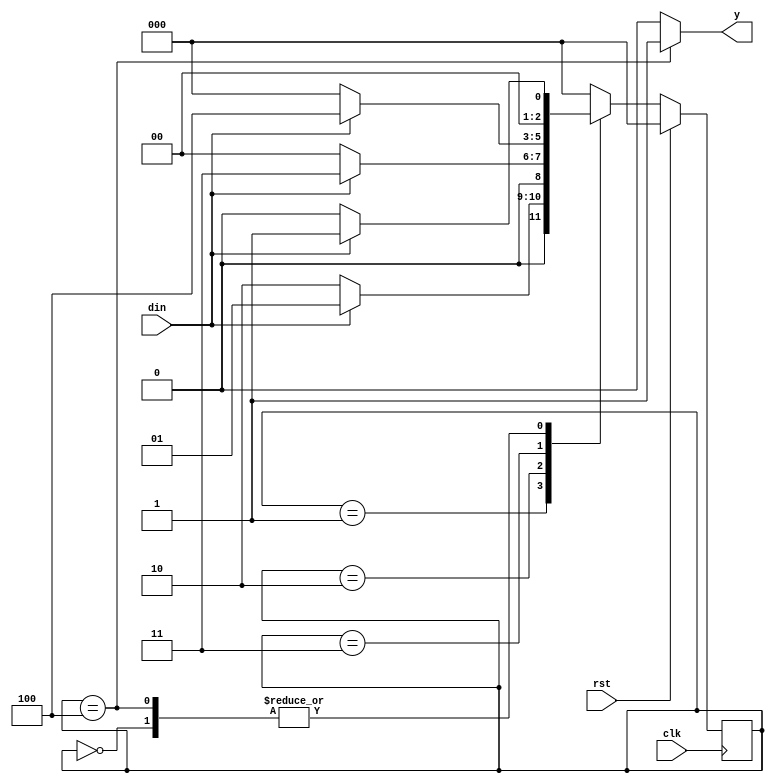
// This program was cloned from: https://github.com/Suni123456789/100DaysRTL
// License: Apache License 2.0

`timescale 1ns / 1ps

module fsm_1011(
    input clk,rst,din,
    output reg y);

parameter	S0=3'b000,
            S1=3'b001,
            S2=3'b010,
            S3=3'b011,
            S4=3'b100;

reg[2:0] cs, nst;

always @(posedge clk)
begin
	if(rst)
		cs<=S0;
	else
		cs<=nst;
end	

always @(cs,din)
begin
	case(cs)
		S0: begin
				if(din==1)
					nst<=S1;
				else
					nst<=S0;
			 end
			 
		S1: begin
				if(din==1)
					nst<=S1;
				else
					nst<=S2;
			 end
			 
		S2: begin
				if(din==1)
					nst<=S3;
				else
					nst<=S0;
			 end
			 
		S3: begin
				if(din==1)
					nst<=S4;
				else
					nst<=S0;
			 end
			 
		S4: begin
				if(din==1)
					nst<=S1;
				else
					nst<=S0;
			 end
		default: nst<=S0;
	endcase
end

always @(cs)
begin
	case(cs)
		S0: y<=0;
		S1: y<=0;
		S2: y<=0;
		S3: y<=0;
		S4: y<=1;
		default: y<=0;
	endcase
end

endmodule